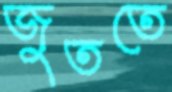
জুততে